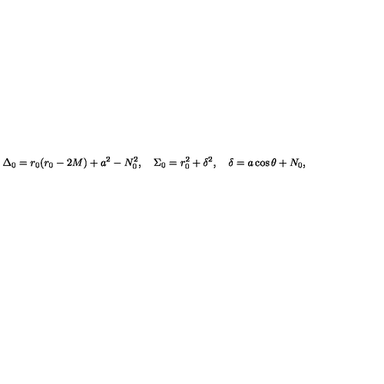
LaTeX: \Delta _ { 0 } = r _ { 0 } ( r _ { 0 } - 2 M ) + a ^ { 2 } - N _ { 0 } ^ { 2 } , \quad \Sigma _ { 0 } = r _ { 0 } ^ { 2 } + \delta ^ { 2 } , \quad \delta = a \cos \theta + N _ { 0 } ,